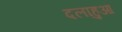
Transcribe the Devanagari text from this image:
दलाहुआ